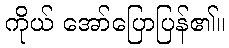
ကိုယ် အော်ပြောပြန်၏။